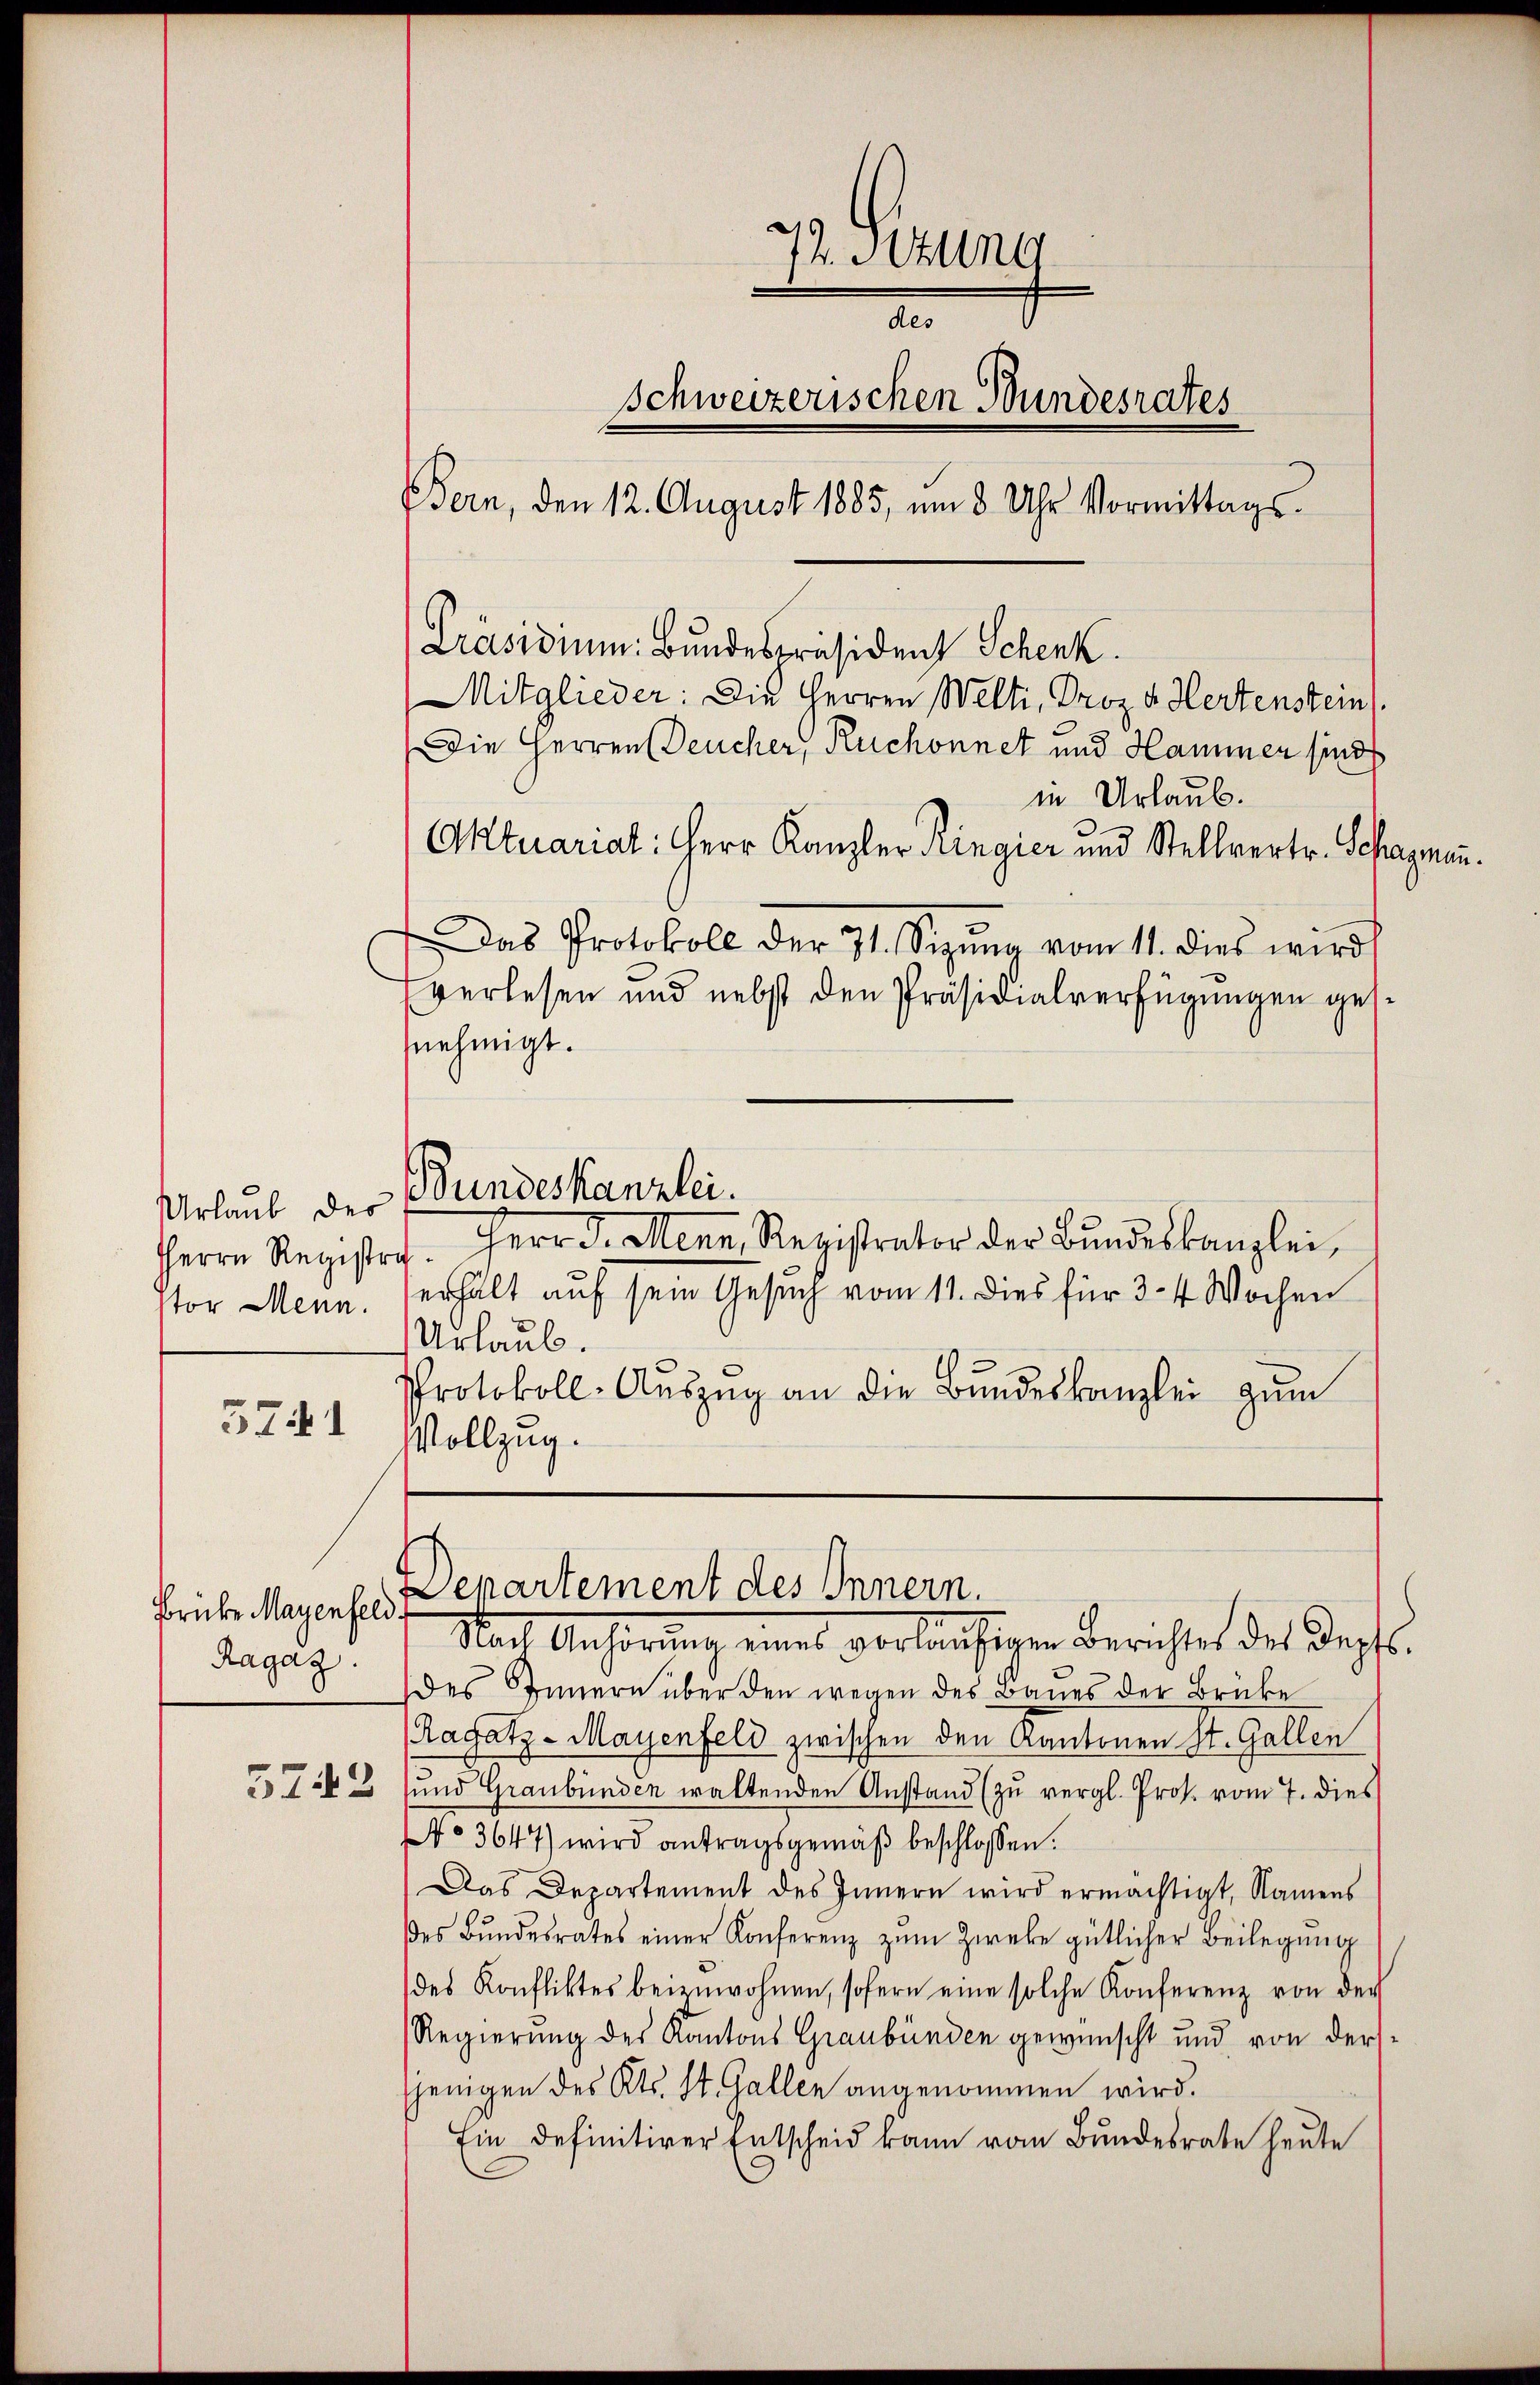
Urlaub der
Herrn Registrator Menn.

3741

Brücke Mayenfeld.
Ragaz
5742

in Urlaub.
Aktuarial: Herr Kanzler Ringier und Stellvertr. Schagmann.
Das Protokoll der 31. Sizŭng vom 11. dies wird
verlesen und nebst den Präsidialverfügungen gessnehmigt.
Bundeskanzlei.
Herr D. Menn, Registrator der Bŭndeskanzlei,
erhält auf sein Gesuch vom 11. Dies für 3-4 Wochen
Urlaub.
Protokoll- Aŭszŭg an die Bŭndeskanzlei zum
Vollzug.

74. Stung
a
Schweizerischen Bundesrates
BBern, den 12. August 1885, um 8 Uhr Vormittags-
Präsidium. Bundespräsident Schenk.
Mitglieder: Die Herren Welti, Proz. v. Hertenstein
Die Herren Deucher, Ruchonnet und Hammer sind

Departement des Innern.

Nach Anhörung eines vorläufigen Berichtet des Tagsdes Innern über den wegen des Baues der Brücke
Ragatz-Mayenfeld zwischen den Kantonen St. Gallen
und Graubünden waltenden Anstand (zu vergl. Prok. vom 7. dies
No 3647) wird antragsgemäβ beschlossen:
Das Departement des Innern wird ermachtigt, Namens
des Bŭndesrates einer Konferenz zŭm Zwecke gütlicher Beilegung
des Konfliktes beizuwohnen, sofern eine solche Konferenz von der
Regierung des Kantons Graubünden gewünscht und von derssjenigen des Kts. St. Gallen angenommen wird.
Ein Definitiver Entscheid kann vom Bundesrate heute